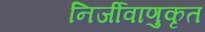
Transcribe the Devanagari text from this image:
निर्जीवाणुकृत